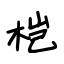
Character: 桤